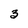
Character: 3